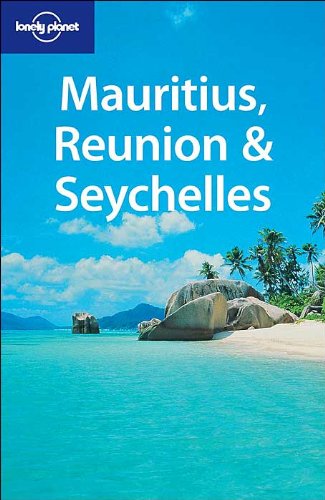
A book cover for Mauritius Reunion & Seychelles (Lonely Planet); Jan Dodd; Travel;